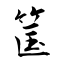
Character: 筺